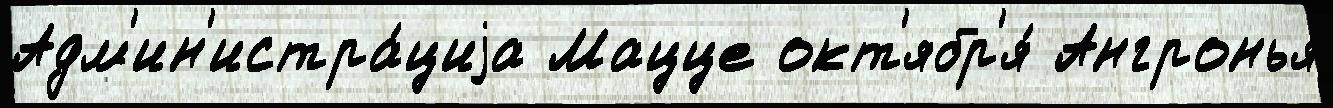
Адм'ин'истра́циjа Мацце окт'ябр'я́ Ангронья